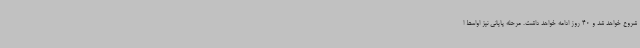
شروع خواهد شد و 40 روز ادامه خواهد داشت. مرحله پایانی نیز اواسط ا